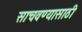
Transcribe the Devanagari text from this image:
साचवण्यासाठी